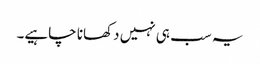
یہ سب ہی نہیں دکھانا چاہیے۔